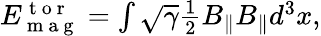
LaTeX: \begin{array}{r}{E_{\mathrm{~m~a~g~}}^{\mathrm{~t~o~r~}}=\int\sqrt{\gamma}\frac{1}{2}B_{\parallel}B_{\parallel}d^{3}x,}\end{array}